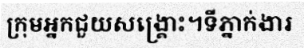
ក្រុមអ្នកជួយសង្គ្រោះ។ទីភ្នាក់ងារ